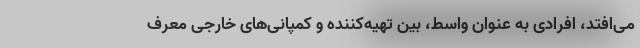
می‌افتد، افرادی به عنوان واسط، بین تهیه‌کننده و کمپانی‌های خارجی معرف